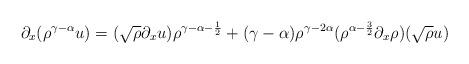
LaTeX: \begin{align*}\partial_x(\rho^{\gamma-\alpha} u)&= (\sqrt{\rho}\partial_x u) \rho^{\gamma-\alpha-\frac{1}{2}} + (\gamma-\alpha) \rho^{\gamma-2\alpha} (\rho^{\alpha-\frac{3}{2}}\partial_x \rho) (\sqrt{\rho} u) \end{align*}